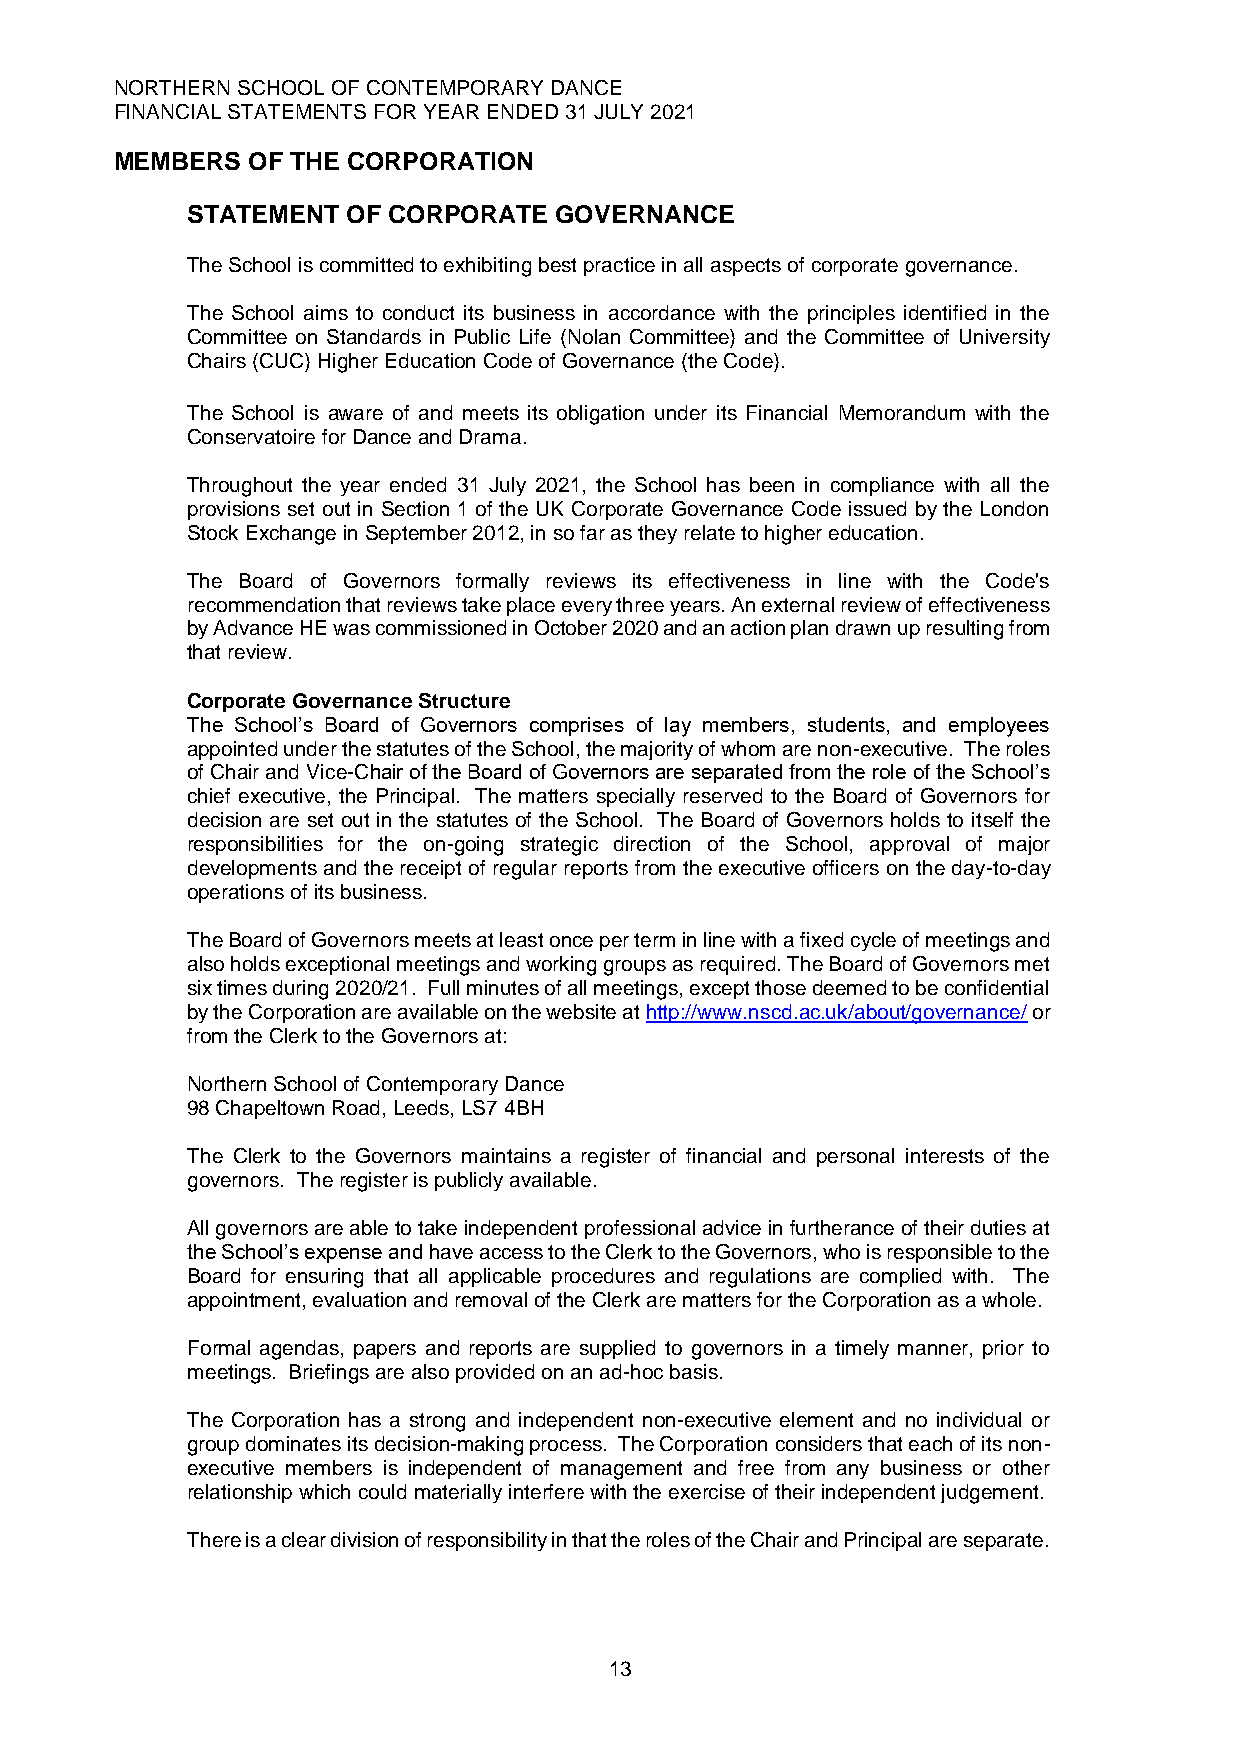
NORTHERN SCHOOL OF CONTEMPORARY DANCE
 FINANCIAL STATEMENTS FOR YEAR ENDED 31 JULY 2021
 MEMBERS OF THE CORPORATION
 STATEMENT  OF CORPORATE  GOVERNANCE
 The School is committed to exhibiting best practice in all aspects of corporate governance.
 The School aims to conduct its business in accordance with the principles identified in the
 Committee on Standards in Public Life (Nolan Committee) and the Committee of University
 Chairs (CUC) Higher Education Code of Governance (the Code).
 The School is aware of and meets its obligation under its Financial Memorandum with the
 Conservatoire for Dance and Drama.
 Throughout the year ended 31 July 2021, the School has been in compliance with all the
 provisions set out in Section 1 of the UK Corporate Governance Code issued by the London
 Stock Exchange in September 2012, in so far as they relate to higher education.
 The Board of Governors formally reviews its effectiveness in line with the Code's
 recommendation that reviews take place every three years. An external review of effectiveness
 by Advance HE was commissioned in October 2020 and an action plan drawn up resulting from
 that review.
 Corporate Governance Structure
 The School’s Board of Governors comprises of lay members, students, and employees
 appointed under the statutes of the School, the majority of whom are non-executive. The roles
 of Chair and Vice-Chair of the Board of Governors are separated from the role of the School’s
 chief executive, the Principal. The matters specially reserved to the Board of Governors for
 decision are set out in the statutes of the School. The Board of Governors holds to itself the
 responsibilities for the on-going strategic direction of the School, approval of major
 developments and the receipt of regular reports from the executive officers on the day-to-day
 operations of its business.
 The Board of Governors meets at least once per term in line with a fixed cycle of meetings and
 also holds exceptional meetings and working groups as required. The Board of Governors met
 six times during 2020/21. Full minutes of all meetings, except those deemed to be confidential
 by the Corporation are available on the website at http://www.nscd.ac.uk/about/governance/ or
 from the Clerk to the Governors at:
 Northern School of Contemporary Dance
 98 Chapeltown Road, Leeds, LS7 4BH
 The Clerk to the Governors maintains a register of financial and personal interests of the
 governors. The register is publicly available.
 All governors are able to take independent professional advice in furtherance of their duties at
 the School’s expense and have access to the Clerk to the Governors, who is responsible to the
 Board for ensuring that all applicable procedures and regulations are complied with. The
 appointment, evaluation and removal of the Clerk are matters for the Corporation as a whole.
 Formal agendas, papers and reports are supplied to governors in a timely manner, prior to
 meetings. Briefings are also provided on an ad-hoc basis.
 The Corporation has a strong and independent non-executive element and no individual or
 group dominates its decision-making process. The Corporation considers that each of its non-
 executive members is independent of management and free from any business or other
 relationship which could materially interfere with the exercise of their independent judgement.
 There is a clear division of responsibility in that the roles of the Chair and Principal are separate.
 13